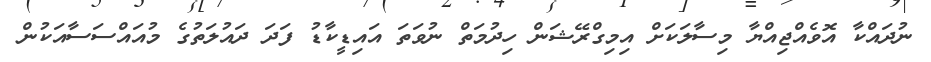
ނުދައްކާ އޮވެއްޖިއްޔާ މިސާލަކަށް އިމިގްރޭޝަން ހިދުމަތް ނުވަތަ އައިޑީކާޑު ފަދަ ދައުލަތުގެ މުއައްސަސާއަކުން